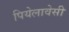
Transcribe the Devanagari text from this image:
पियेलावेसी